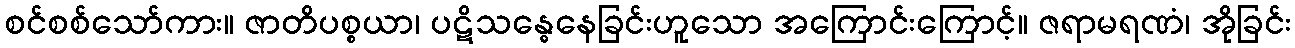
စင်စစ်သော်ကား။ ဇာတိပစ္စယာ၊ ပဋိသန္ဓေနေခြင်းဟူသော အကြောင်းကြောင့်။ ဇရာမရဏံ၊ အိုခြင်း